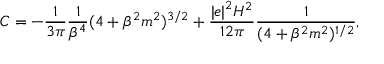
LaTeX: C = - \frac { 1 } { 3 \pi } \frac { 1 } { \beta ^ { 4 } } ( 4 + \beta ^ { 2 } m ^ { 2 } ) ^ { 3 / 2 } + \frac { { \vert e \vert } ^ { 2 } H ^ { 2 } } { 1 2 \pi } \frac { 1 } { ( 4 + \beta ^ { 2 } m ^ { 2 } ) ^ { 1 / 2 } } ,